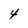
Character: 4